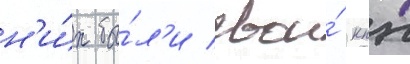
н'и́х бы́л'и свои́ кпп